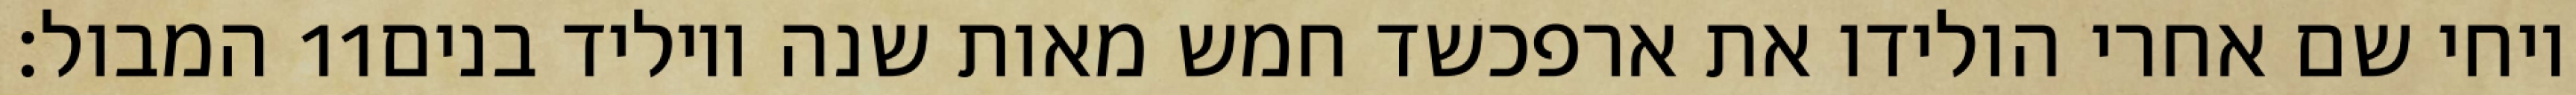
המבול׃ ‎11‏ ויחי שם אחרי הולידו את ארפכשד חמש מאות שנה ויוליד בנים